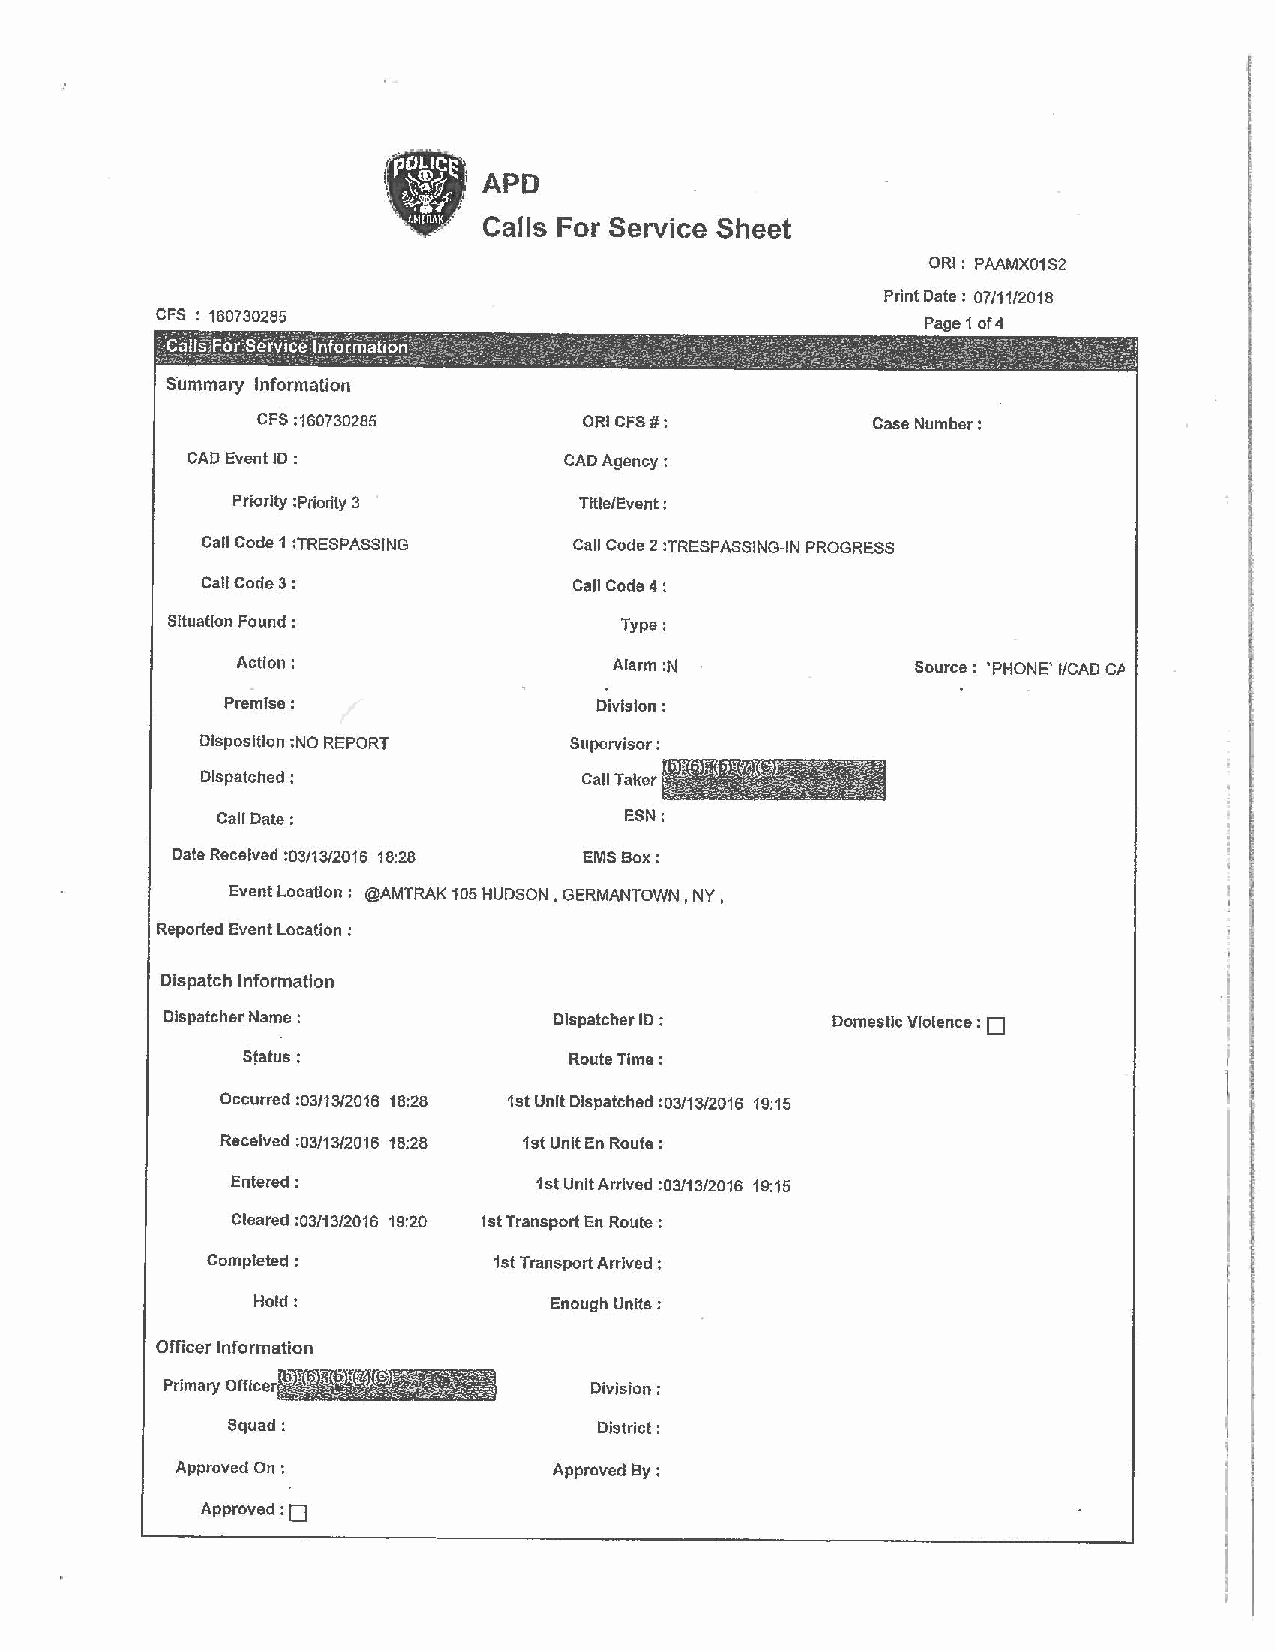
APD
 Calls For Service Sheet
 ORI: PAAMX01S2
 Print Date: 07/11/2018
 CFS : 160730285                                    Page 1 of4
 s·ummary Information
 CFS :160730285        ORI CFS#:          Case Number:
 CAD Event ID :           CAD Agency:
 Priority :Priorlly 3   Tftle/Event:
 Call Code 1 :TRESPASSING Call Code 2 :TRESPASSING-IN PROGRESS
 I
 Call Code 3:             Call Code 4:
 f
 Sltuatlon Found :             Type:
 Action:                  Alarm :N            Source: 'PHONE' I/CAD C/>
 Premise:                Division:                                  I
 Disposition :NO REPORT   Supervisor:
 Dispatched :              Call Taker
 Call Date:                 ESN:
 Date Received :03/13/2016 18:28 EMS Box:
 Event Location: @AMTRAK 105 HUDSON, GERMANTOWN, NY,
 Reported Event Location :
 ;
 Dispatch Information                                                  I
 ·1
 Dispatcher Name :         Dispatcher ID :   Domestic Violence : D     I
 I
 I
 SJatus :              Route Time:
 I
 1
 Occurred :03/13/2016 18:28 1st Unit Dispatched :03/13/2016 19:15
 Received :03/13/2016 18:28 1st Unit En Route:
 Entered;            1st Unit Arrived :03/13/2016 19:15
 Cleared :03/13/2016 19:20 1st Transport En Route:
 Completed;         1st Transport Arrived :
 Hold:              Enough Units:
 Officer Information
 Primary Officer             Division:
 Squad:                   District:
 Approved on :            Approved l:!y :
 :o
 Approved